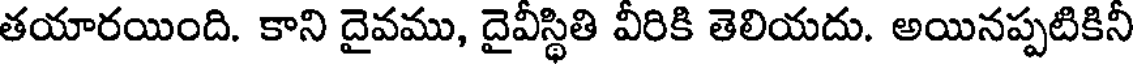
తయారయింది. కాని దైవము, దైవీస్థితి వీరికి తెలియదు. అయినప్పటికినీ